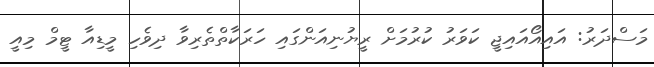
މަސްދަރު: އައިއޯއައިޖީ ކަވަރު ކުރުމަށް ރީޔުނިއަންގައި ހަރަކާތްތެރިވާ ދިވެހި މީޑިއާ ޓީމް މިއީ